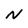
Character: N